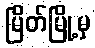
မြိတ်မြို့မှ